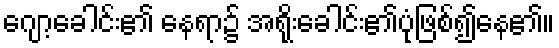
ဂျော့ခေါင်း၏ နေရာ၌ အရိုးခေါင်း၏ပုံဖြစ်၍နေ၏။